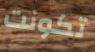
تكونت